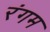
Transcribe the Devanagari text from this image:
रंगम